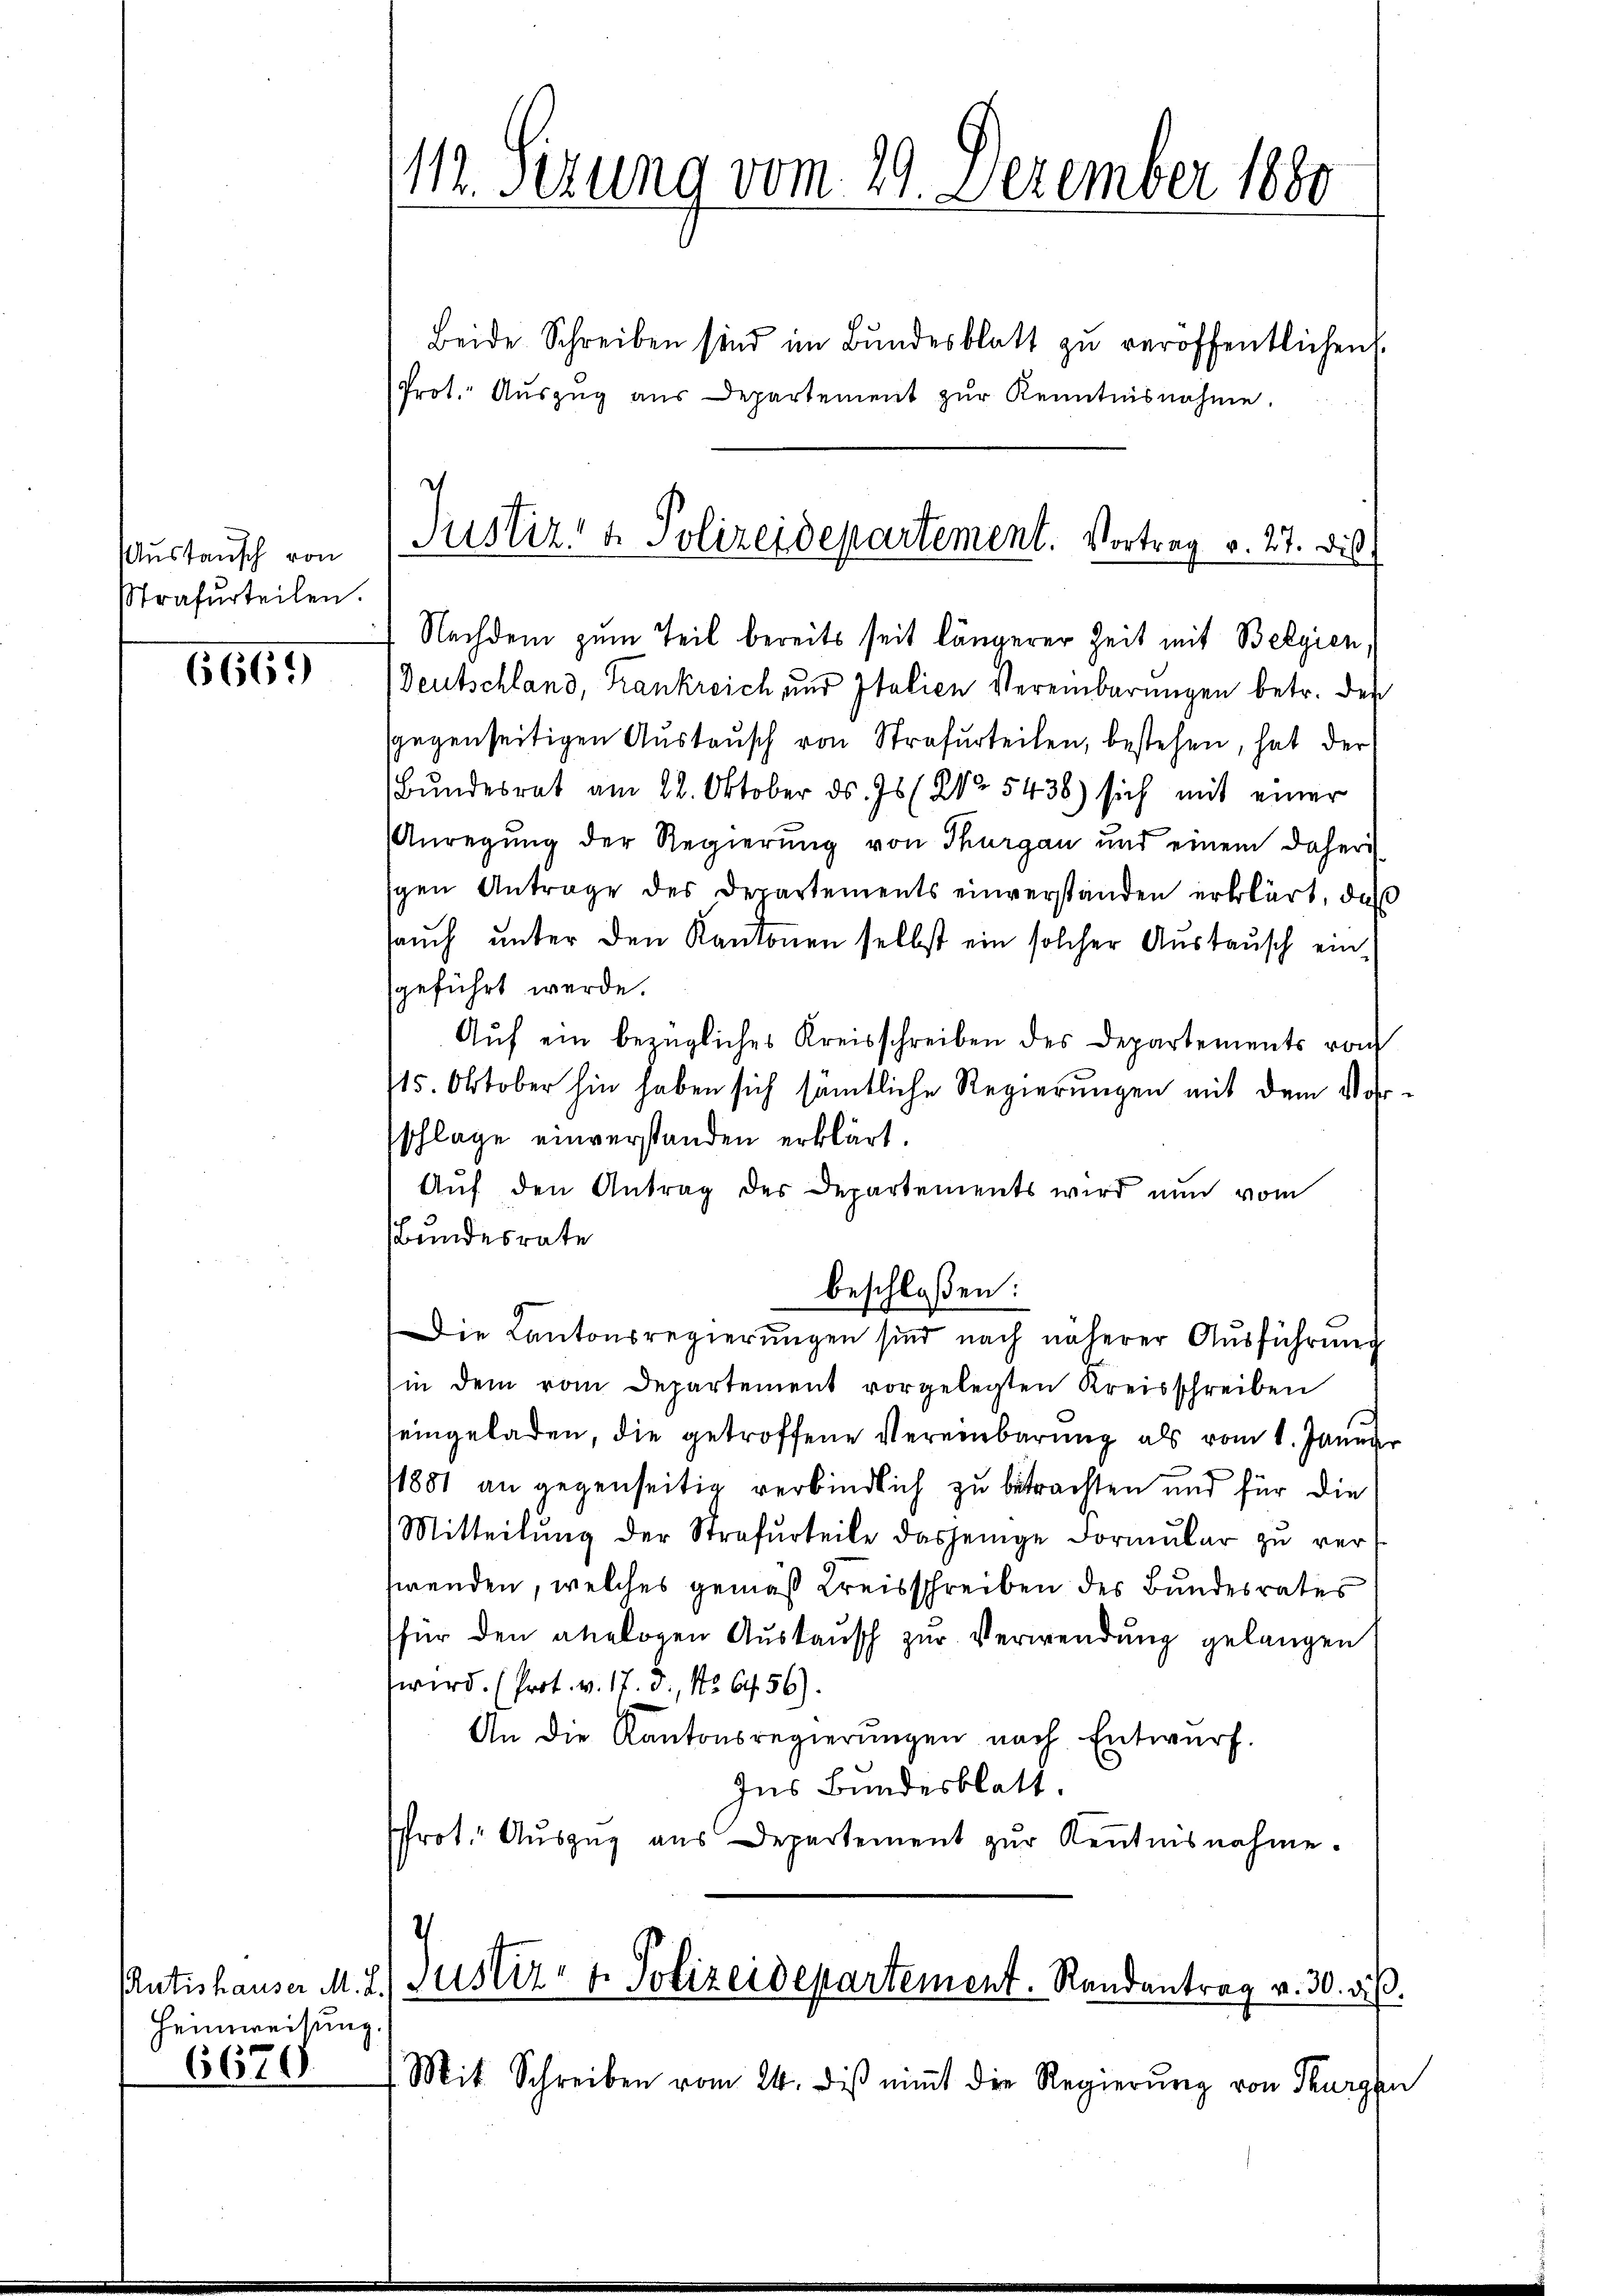
Austausch von
Strafurteilen.

6669

Heimweisung.

6670.

112. Serung vom 29. Dezember 1880
Beide Schreiben sind im Bundesblatt zu veröffentlichen
Prot. Aŭszŭg aŭs Departement zŭr Kenntnisnahme.

Deutschland, Krankreich und Italien Vereinbarungen betr. den
sgegenseitigen Austausch von Strafurteilen, bestehen, hat der
Bundesrat am 22. Oktober d. Js (NNo. 5436) sich mit einer
Anregung der Regierung von Thurgau und einem daheri
gen Antrage des Departements einverstanden erklärt, daß
auch unter den Kantonen selbst ein solcher Austausch eingeführt werde.
Aŭf ein bezügliches Kreisschreiben des Departements vo
115. Oktober hin haben sich sämtliche Regierungen mit dem Vorschlage einverstanden erklärt.
Aŭf den Antrag des Departements wird nun vom
Bundesrate
(in dem vom Departement vorgelegten Kreisschreiben
eingeladen, die getroffene Vereinbarung als vom 1. Januar
1881 an gegenseitig verbindlich zu betrachten und für die
Mitteilŭng der Strafurteile dasjenige Formŭlar zŭ ver-
wenden, welches gemäß Kreisschreiben des Bundesrates
für den analogen Austausch zur Verwendung gelangen
wird. (Prot. v. 17. d., No 64. 56).
An die Kantonsregierŭngen nach Entwurf.
Ins Bundesblatt.
frot. Auszug aus Departement zur Kenntnisnahme.
2
Putishauser M. L. Justiz- & Polizeidepartement. Randantrag v. 30. ds.
(Mit Schreiben vom 24. dis nimmt die Regierung von Thurgan

Justiz- & Polizeidepartement. Vortrag v. 27. Di
Nachdem zum Teil bereits seit längerer Zeit mit Belgien,

beschloßen:
Die Kantonsregierungen sind nach näherer Aŭsführŭng